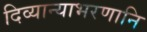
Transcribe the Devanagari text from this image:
दिव्यान्याभरणानि